Indian journal of veterinary science and animal husbandry - Volumes 22-23, 1952-1953
Year: 1952
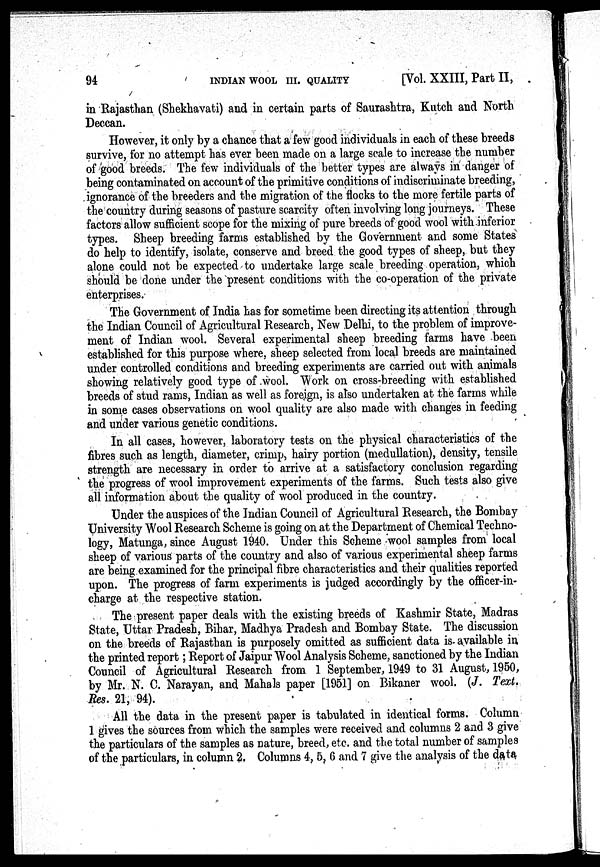
94
INDIAN
WOOL
III.
QUALITY
[Vol. XXIII, Part II,
in Rajasthan (Shekhavati) and in certain parts of Saurashtra, Kutch and North
Deccan.
However, it only by a chance that a few good individuals in each of these breeds
survive, for no attempt has ever been made on a large scale to increase the number
of good breeds. The few individuals of the better types are always in danger of
being contaminated on account of the primitive conditions of indiscriminate breeding,
ignorance of the breeders and the migration of the flocks to the more fertile parts of
the country during seasons of pasture scarcity often involving long journeys. These
factors allow sufficient scope for the mixing of pure breeds of good wool with inferior
types. Sheep breeding farms established by the Government and some States
do help to identify, isolate, conserve and breed the good types of sheep, but they
alone could not be expected to undertake large scale breeding operation, which
should be done under the present conditions with the co-operation of the private
enterprises.
The Government of India has for sometime been directing its attention through
the Indian Council of Agricultural Research, New Delhi, to the problem of improve-
ment of Indian wool. Several experimental sheep breeding farms have been
established for this purpose where, sheep selected from local breeds are maintained
under controlled conditions and breeding experiments are carried out with animals
showing relatively good type of .wool. Work on cross-breeding with established
breeds of stud rams, Indian as well as foreign, is also undertaken at the farms while
in some cases observations on wool quality are also made with changes in feeding
and under various genetic conditions.
In all cases, however, laboratory tests on the physical characteristics of the
fibres such as length, diameter, crimp, hairy portion (medullation), density, tensile
strength are necessary in order to arrive at a satisfactory conclusion regarding
the progress of wool improvement experiments of the farms. Such tests also give
all information about the quality of wool produced in the country.
Under the auspices of the Indian Council of Agricultural Research, the Bombay
University Wool Research Scheme is going on at the Department of Chemical Techno-
logy, Matunga, since August 1940. Under this Scheme wool samples from local
sheep of various parts of the country and also of various experimental sheep farms
are being examined for the principal fibre characteristics and their qualities reported
upon. The progress of farm experiments is judged accordingly by the officer-in-
charge at the respective station.
The present paper deals with the existing breeds of Kashmir State, Madras
State, Uttar Pradesh, Bihar, Madhya Pradesh and Bombay State. The discussion
on the breeds of Rajasthan is purposely omitted as sufficient data is- available in
the printed report; Report of Jaipur Wool Analysis Scheme, sanctioned by the Indian
Council of Agricultural Research from 1 September, 1949 to 31 August, 1950,
by Mr. N. C. Narayan, and Mahals paper [1951] on Bikaner wool. (J. Text.
Res. 21, 94).
All the data in the present paper is tabulated in identical forms. Column
1 gives the sources from which the samples were received and columns 2 and 3 give
the particulars of the samples as nature, breed, etc. and the total number of samples
of the particulars, in column 2. Columns 4, 5, 6 and 7 give the analysis of the data.